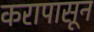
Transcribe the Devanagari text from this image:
करापासून